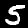
Digit: 5